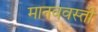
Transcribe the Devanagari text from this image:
मानववस्ती